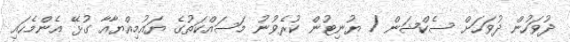
ދުވަހުން ދުވަހަށް ސެކްޝަން / ޔުނިޓުން ކުރެވުނު މަސައްކަތުގެ ޔައުމިއްޔާއާ ގުޅޭ އެންމެހައި